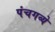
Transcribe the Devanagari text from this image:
पंचगव्ये